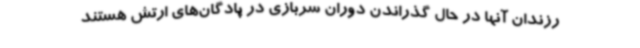
رزندان آنها در حال گذراندن دوران سربازی در پادگان‌های ارتش هستند